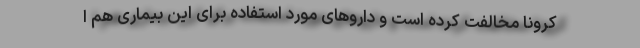
کرونا مخالفت کرده است و داروهای مورد استفاده برای این بیماری هم ا